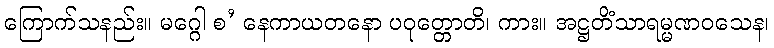
ကြောက်သနည်း။ မဂ္ဂေါ စ’ နေကာယတနော ပဝုတ္တောတိ၊ ကား။ အဋ္ဌတိံသာရမ္မဏဝသေန၊